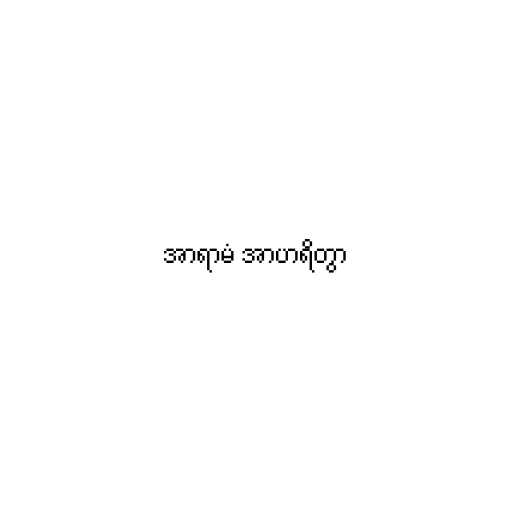
အာရာမံ အာဟရိတွာ